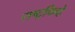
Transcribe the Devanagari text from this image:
राष्ट्रचिन्हे